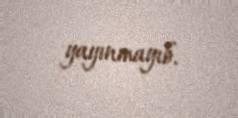
yayınmayıb.